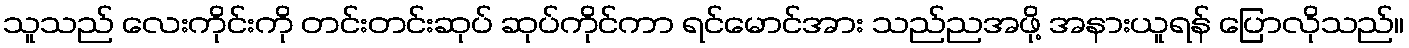
သူသည် လေးကိုင်းကို တင်းတင်းဆုပ် ဆုပ်ကိုင်ကာ ရင်မောင်အား သည်ညအဖို့ အနားယူရန် ပြောလိုသည်။